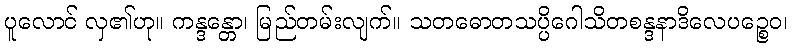
ပူလောင် လှ၏ဟု။ ကန္ဒန္တော၊ မြည်တမ်းလျက်။ သတဓောတသပ္ပိဂေါသိတစန္ဒနာဒိလေပဉ္စေဝ၊